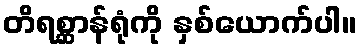
တိရစ္ဆာန်ရုံကို နှစ်ယောက်ပါ။